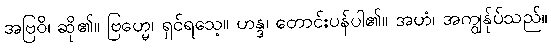
အဗြဝိ၊ ဆို၏။ ဗြဟ္မေ၊ ရှင်ရသေ့။ ဟန္ဒ၊ တောင်းပန်ပါ၏။ အဟံ၊ အကျွန်ုပ်သည်။